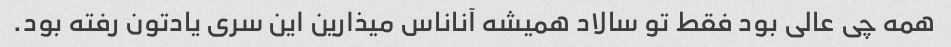
همه چی عالی بود فقط تو سالاد همیشه آناناس میذارین این سری یادتون رفته بود.